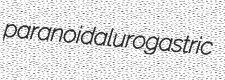
paranoidal urogastric